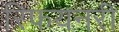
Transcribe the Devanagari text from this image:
रिफयनरी